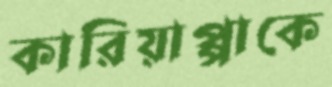
কারিয়াপ্পাকে